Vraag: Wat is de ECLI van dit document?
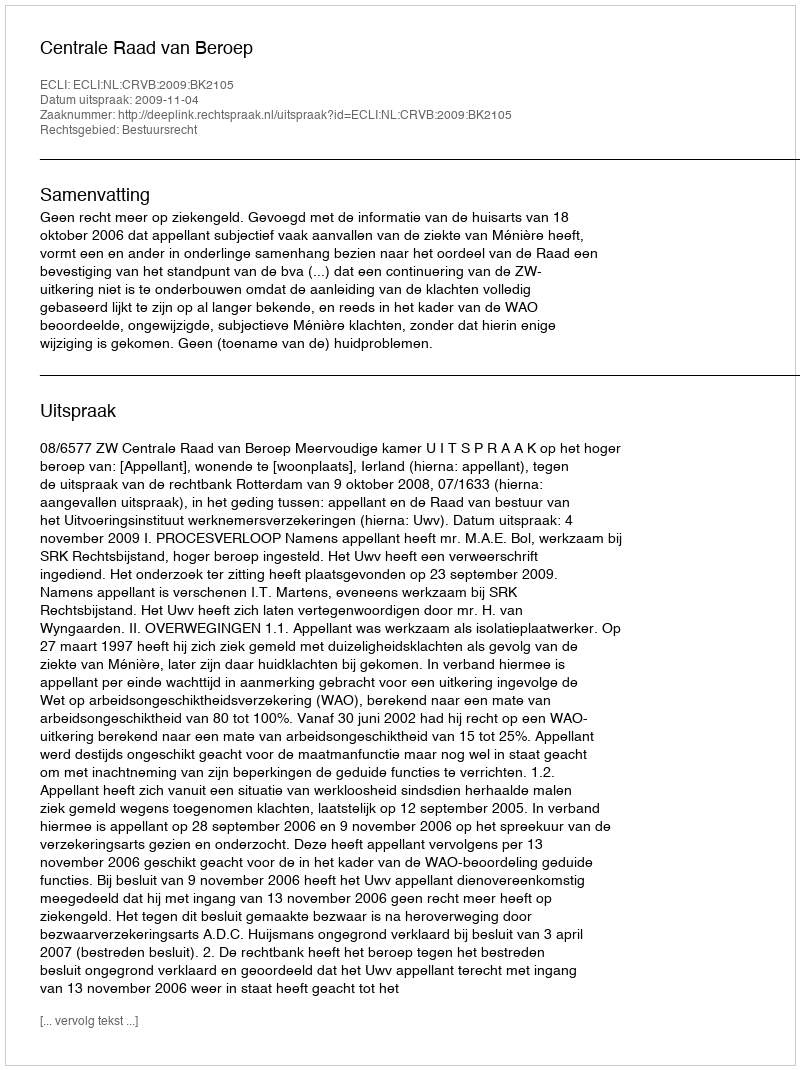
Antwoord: ECLI:NL:CRVB:2009:BK2105